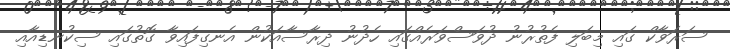
ސަރަވާކް ގައި މިބަލި ފެތުރުނު ދުވަސްވަރެއްގައި ހެދުނު ދިރާސާއަކުން އެނގިފައިވާ ގޮތުގައި ސިކުނޑިއާއި